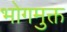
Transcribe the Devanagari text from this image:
भोगमुक्त